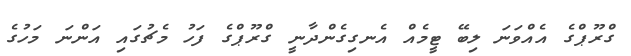
ގްރޫޕްގެ އެއްވަނަ ލިބޭ ޓީމެއް އެނގިގެންދާނީ ގްރޫޕްގެ ފަހު މެޗުގައި އަންނަ މަހުގެ